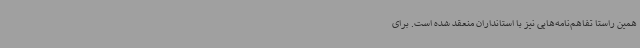
همین راستا تفاهم‌نامه‌هایی نیز با استانداران منعقد شده است. برای